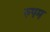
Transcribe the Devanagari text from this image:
रुपम